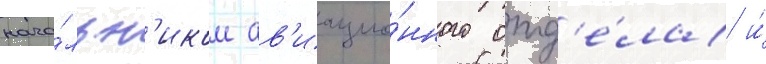
нача́льн'иком ав'иацио́нного отд'е́ла и́